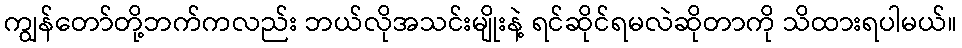
ကျွန်တော်တို့ဘက်ကလည်း ဘယ်လိုအသင်းမျိုးနဲ့ ရင်ဆိုင်ရမလဲဆိုတာကို သိထားရပါမယ်။